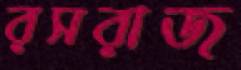
রসরাজ